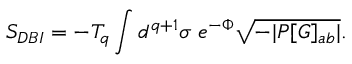
S _ { D B I } = - T _ { q } \int d ^ { q + 1 } \sigma \; e ^ { - \Phi } \sqrt { - | P [ G ] _ { a b } | } .